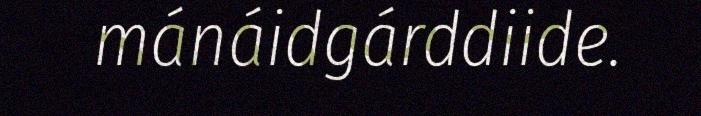
mánáidgárddiide.